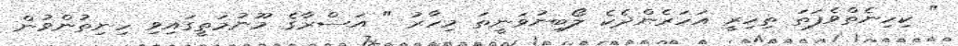
" ކިހިނެތްވެފަތަ ތިހިރީ އަހަރެންދެކެ ލޯބިނުވަނީތަ މިހާރު " އަސްރާގެ މޫނުމަތީގައިވި ހިނިތުންވުން